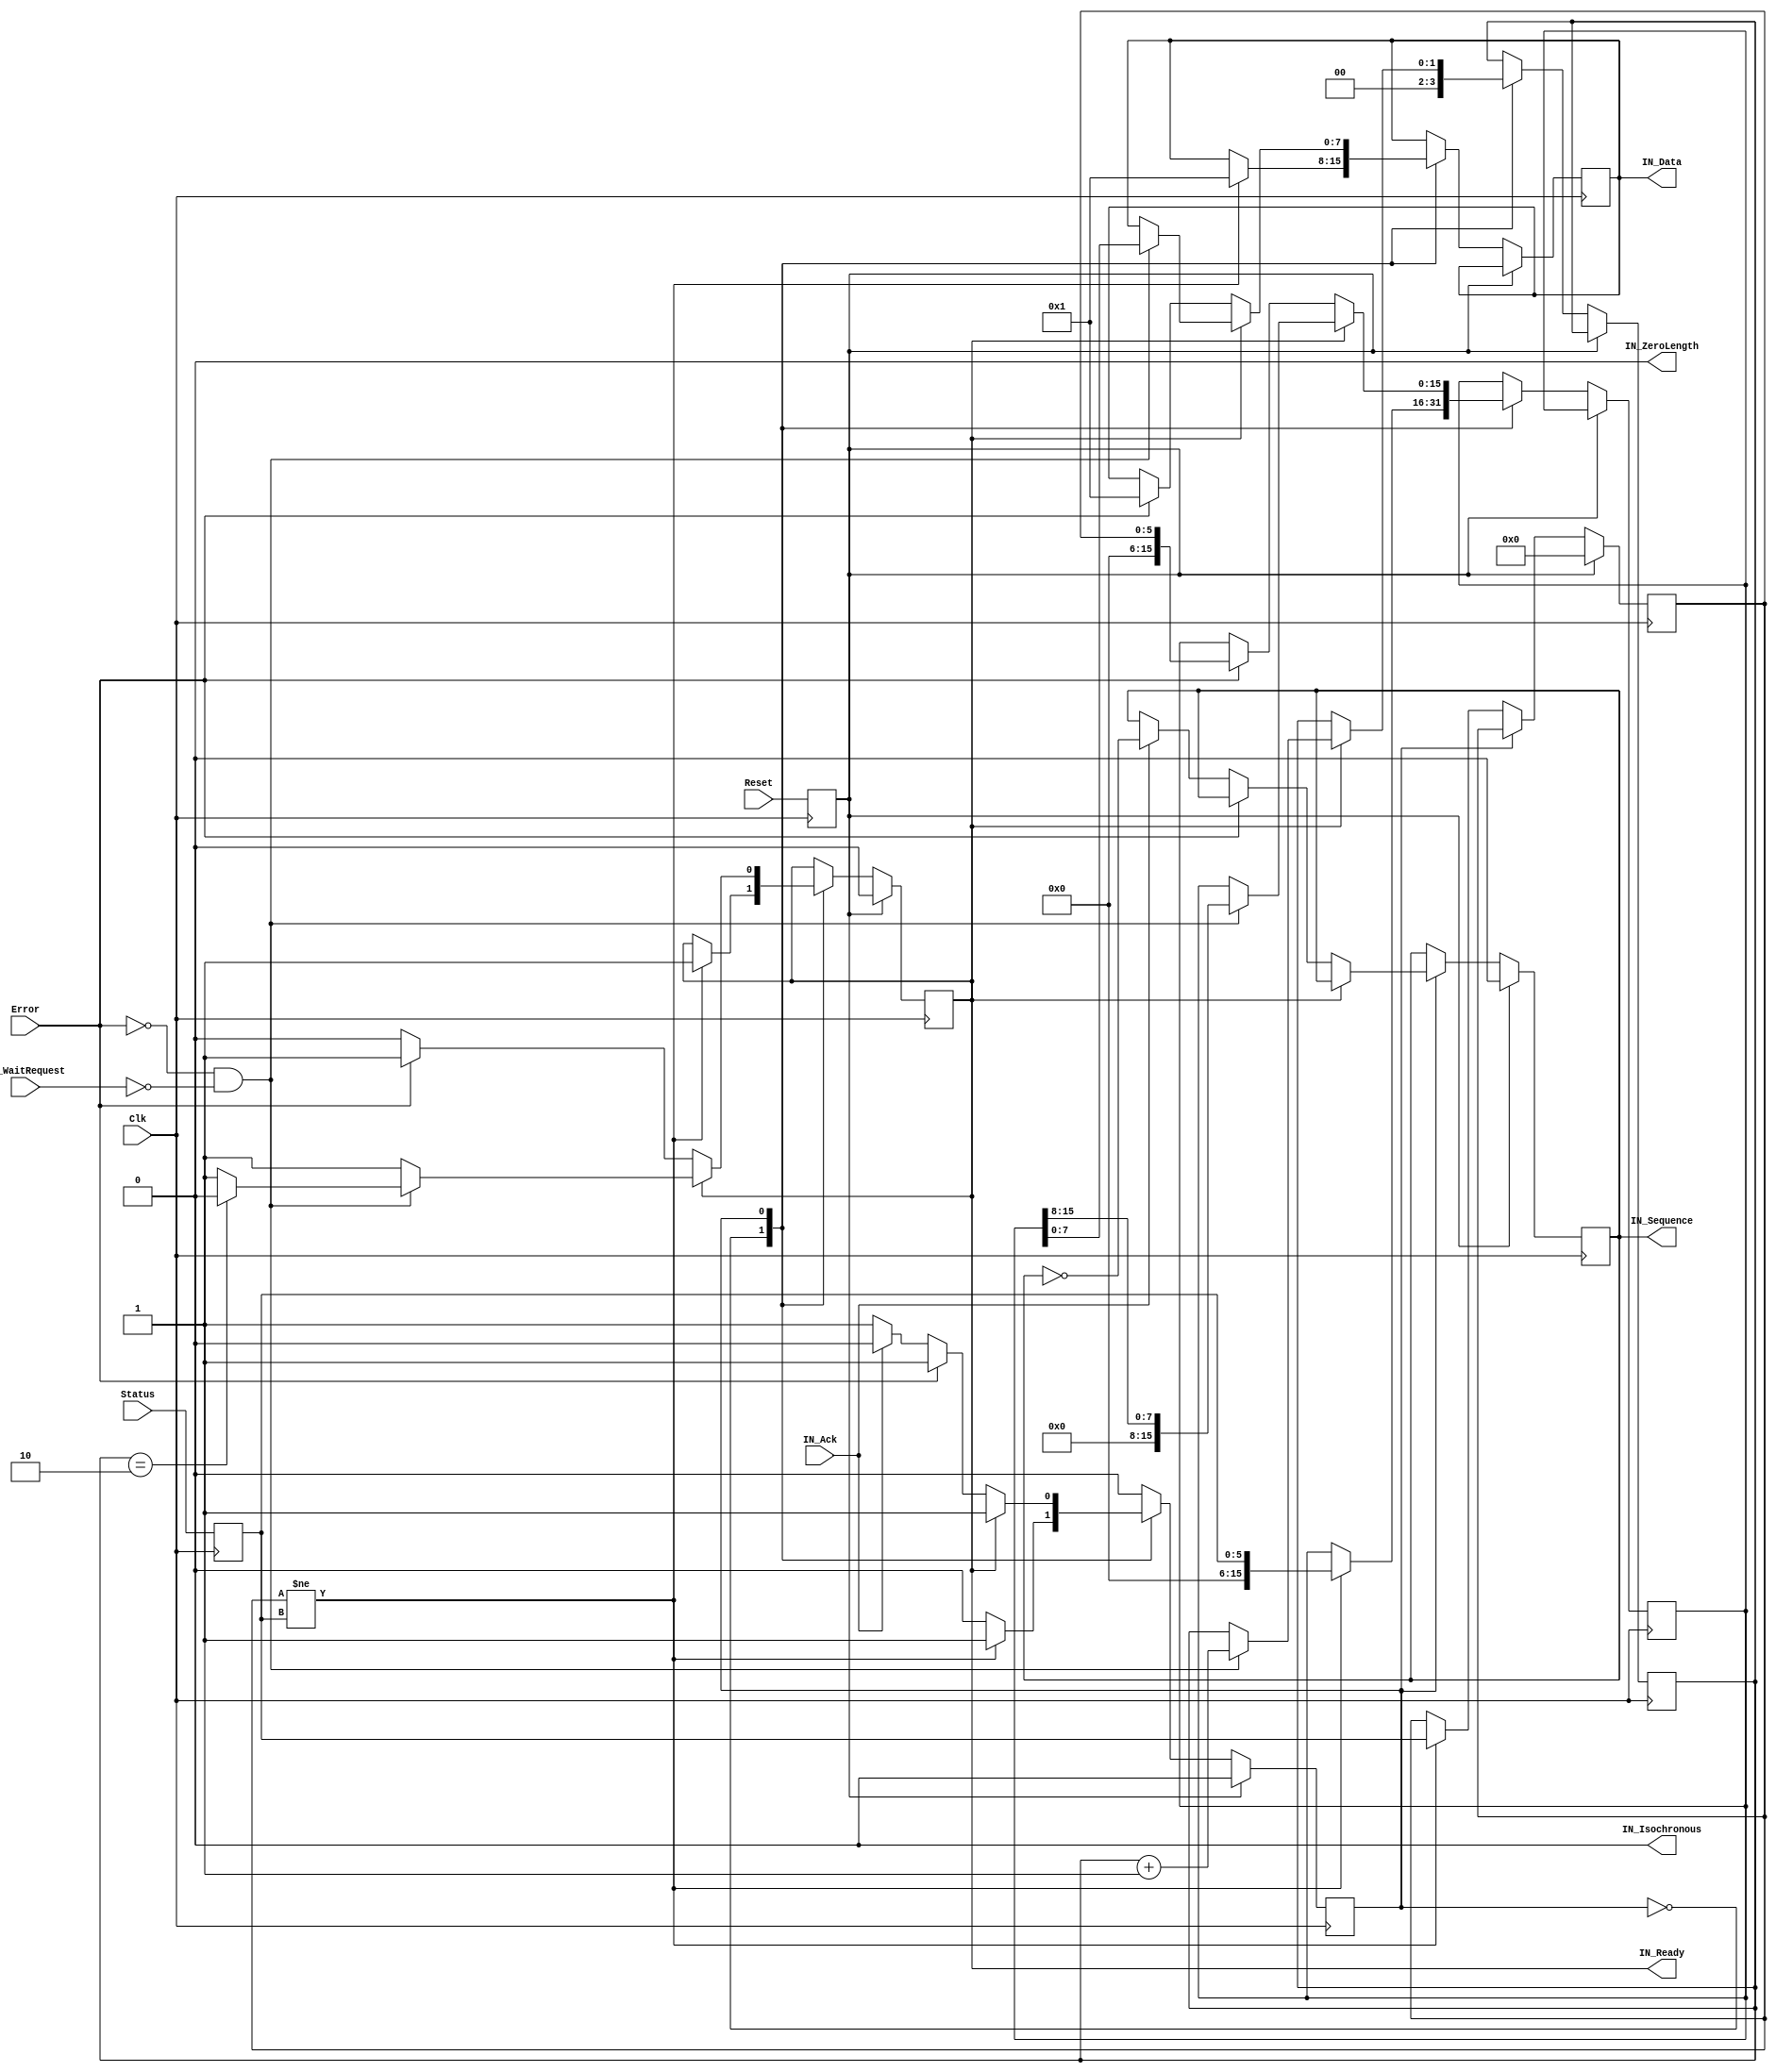
//==============================================================================
// Copyright (C) John-Philip Taylor
// jpt13653903@gmail.com
//
// This file is part of a library
//
// This file is free software: you can redistribute it and/or modify
// it under the terms of the GNU General Public License as published by
// the Free Software Foundation, either version 3 of the License, or
// (at your option) any later version.
//
// This program is distributed in the hope that it will be useful,
// but WITHOUT ANY WARRANTY; without even the implied warranty of
// MERCHANTABILITY or FITNESS FOR A PARTICULAR PURPOSE.  See the
// GNU General Public License for more details.
//
// You should have received a copy of the GNU General Public License
// along with this program.  If not, see <http://www.gnu.org/licenses/>
//==============================================================================

module USB_HID(
 input Clk,
 input Reset,
 input Error,

 output reg      IN_Sequence,
 output reg [7:0]IN_Data,
 output reg      IN_Ready,
 output          IN_ZeroLength,
 input           IN_WaitRequest,
 input           IN_Ack,
 output          IN_Isochronous,

 input [5:0]Status // Stop | Prev | Next | Play/Pause | Vol Down | Vol Up
);
//------------------------------------------------------------------------------

assign IN_ZeroLength  = 1'b0;
assign IN_Isochronous = 1'b0;
//------------------------------------------------------------------------------

reg [ 5:0]tStatus[1:0];
reg [15:0]Temp;
reg [ 1:0]ByteCount;
//------------------------------------------------------------------------------

reg        State;
localparam Idle        = 1'd0;
localparam SendControl = 1'd1;

reg tReset;
always @(posedge Clk) begin
 tReset     <= Reset;
 tStatus[0] <= Status;
//------------------------------------------------------------------------------

 if(tReset) begin
  IN_Ready    <= 0;
  IN_Sequence <= 0;
  State       <= Idle;
  tStatus[1]  <= 0;
//------------------------------------------------------------------------------

 end else begin
  case(State)
   Idle: begin
    ByteCount <= 0;

    if(tStatus[1] != tStatus[0]) begin
     {Temp, IN_Data} <= {10'd0, tStatus[0], 8'h01};
     IN_Ready   <= 1'b1;
     State      <= SendControl;
     tStatus[1] <= tStatus[0];
    end
   end
//------------------------------------------------------------------------------

   SendControl: begin
    if(IN_Ready) begin
     if(~Error && ~IN_WaitRequest) begin
      if(ByteCount == 2'd2) IN_Ready <= 1'b0;

      ByteCount       <= ByteCount + 1'b1;
      {Temp, IN_Data} <= {16'd0, Temp};
     end

    end else begin // Waiting for Ack
     if(Error) begin
      {Temp, IN_Data} <= {10'd0, tStatus[1], 8'h01};
      IN_Ready <= 1'b1;

     end else if(IN_Ack) begin
      IN_Sequence <= ~IN_Sequence;
      State       <= Idle;
     end
    end
   end
//------------------------------------------------------------------------------

   default:;
  endcase
 end
end
//------------------------------------------------------------------------------

endmodule
//------------------------------------------------------------------------------